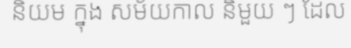
និយម ក្នុង សម័យកាល និមួយ ៗ ដែល